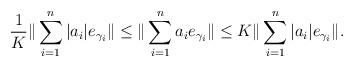
LaTeX: \begin{align*}\frac1K\|\sum_{i=1}^n |a_i| e_{\gamma_i}\|\le\|\sum_{i=1}^n a_i e_{\gamma_i}\|\le K\|\sum_{i=1}^n |a_i| e_{\gamma_i}\|.\end{align*}